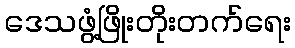
ဒေသဖွံ့ဖြိုးတိုးတက်ရေး